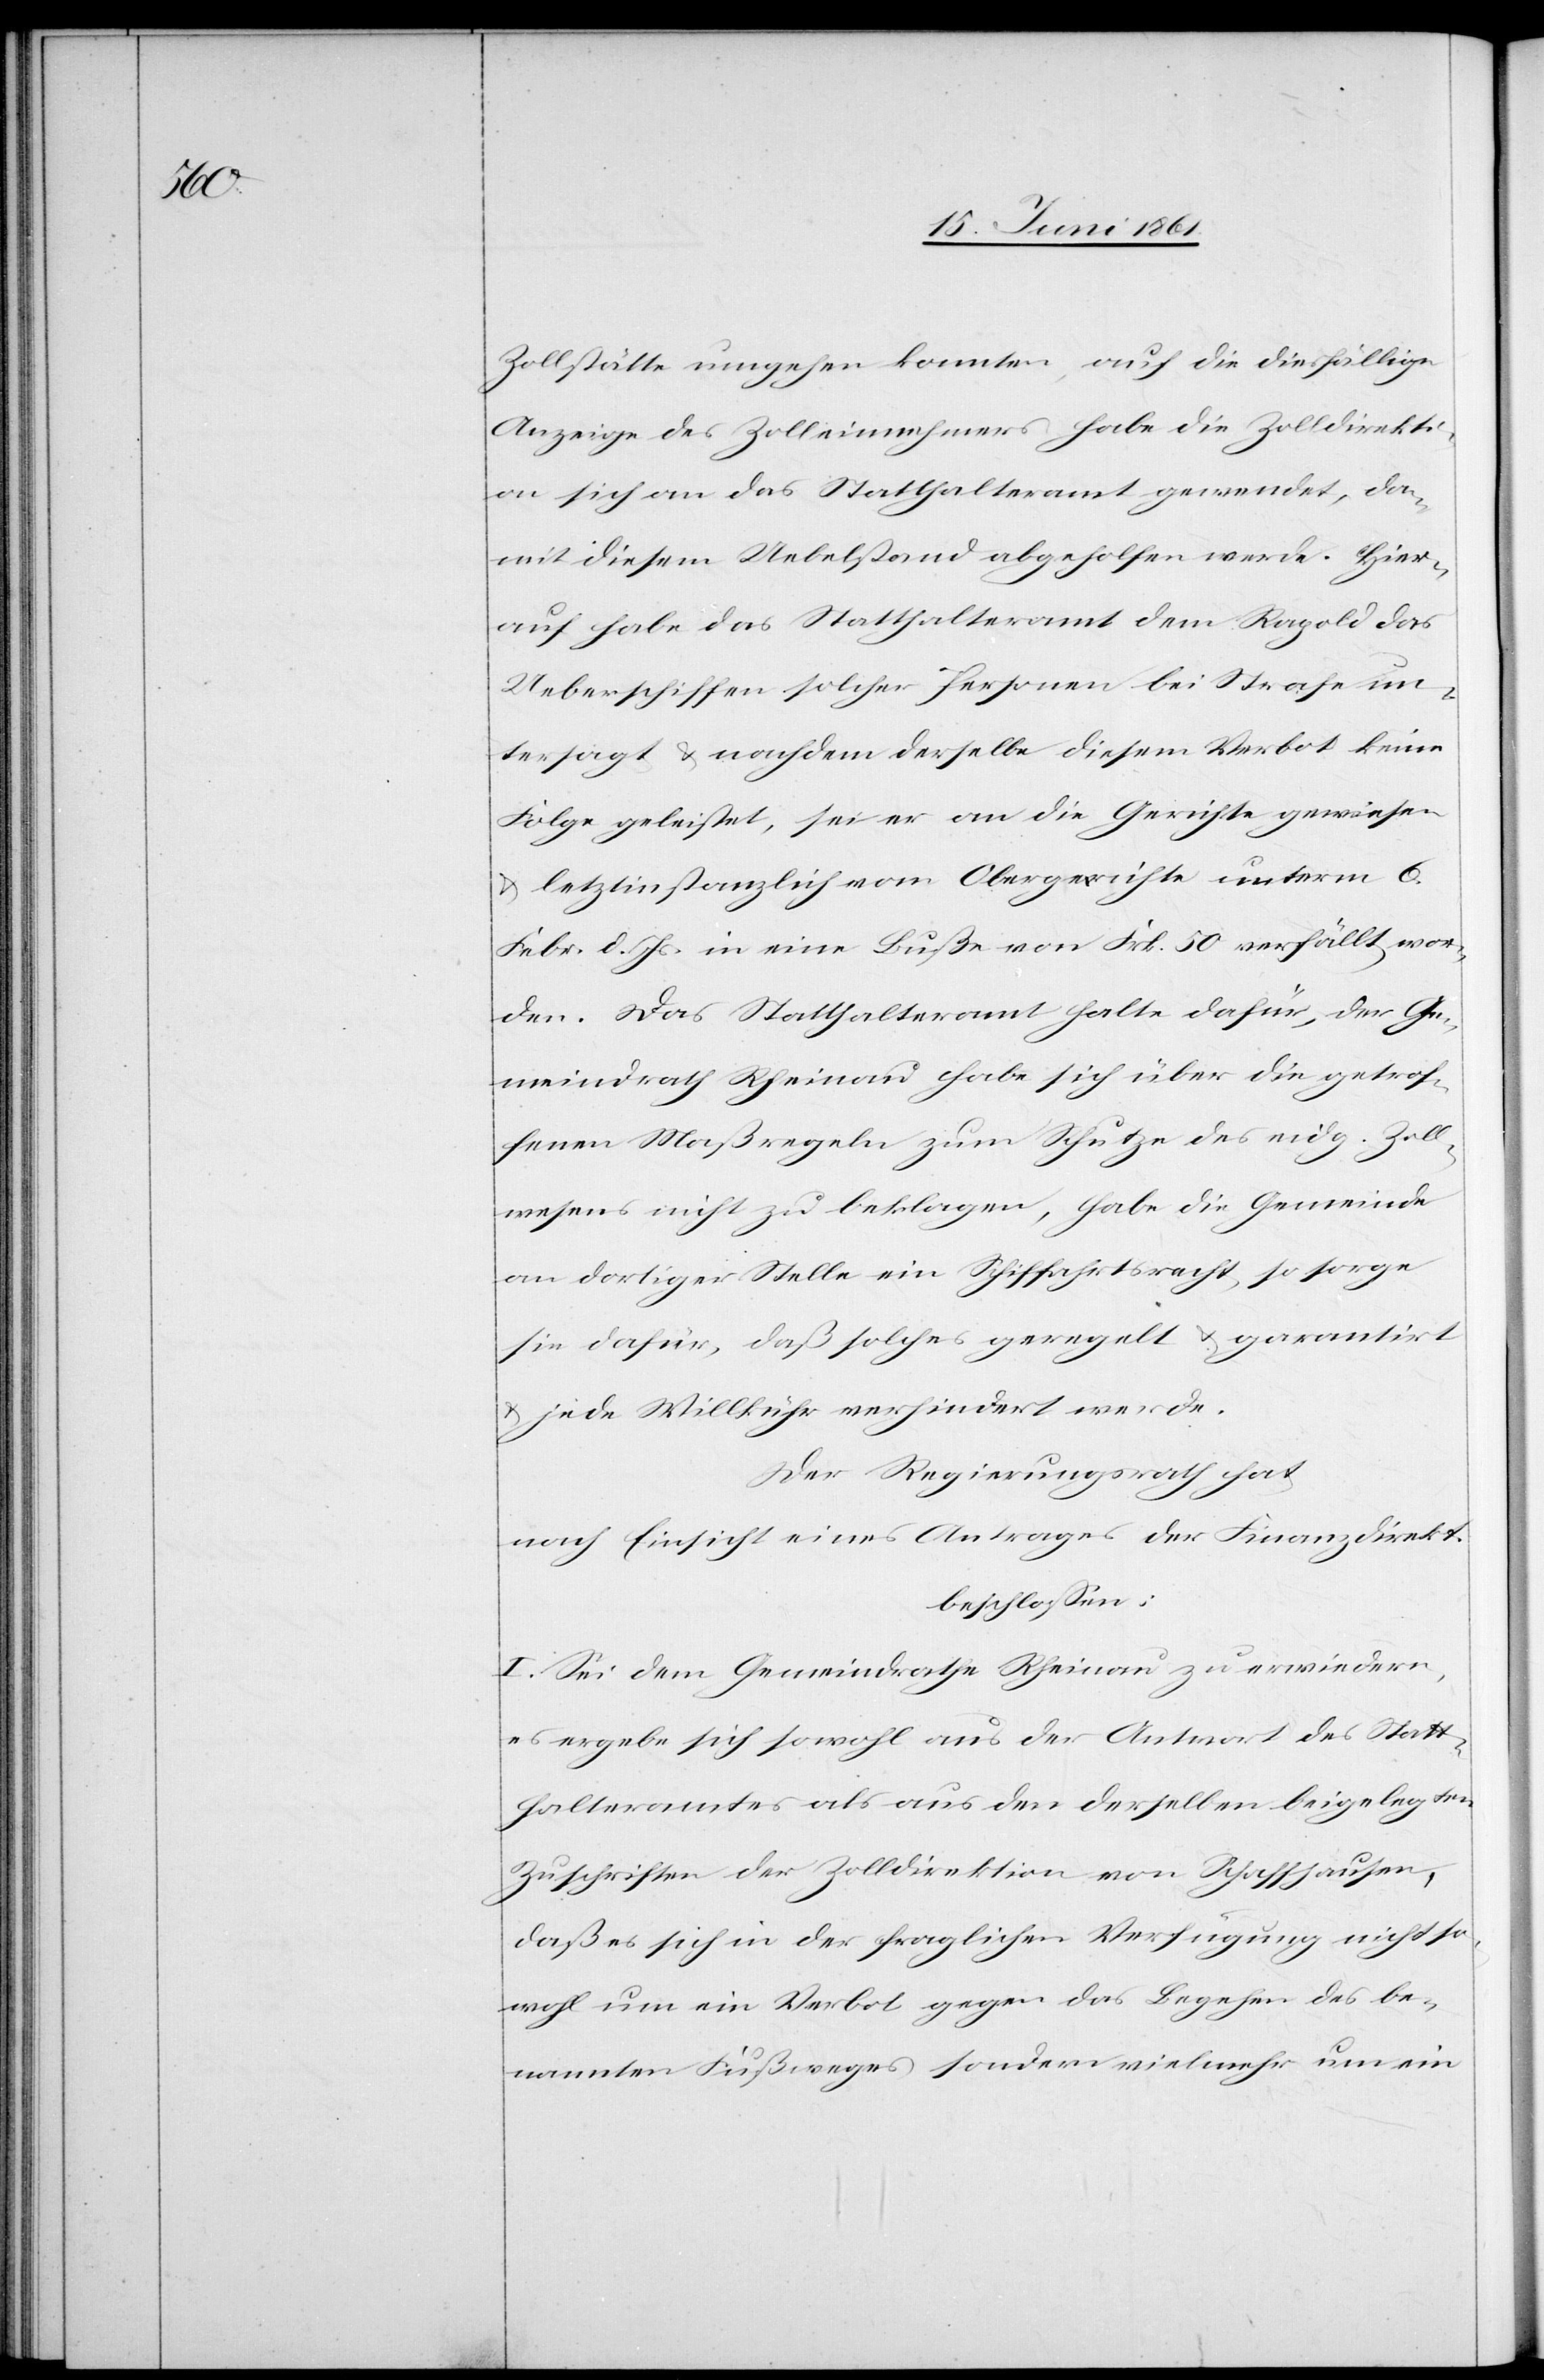
Zollstätte umgehen konnten, auf die diesfällige
Anzeige des Zolleinnehmers habe die Zolldirekti¬
on sich an das Statthalteramt gewendet, da¬
mit diesem Uebelstand abgeholfen werde. Hier¬
auf habe das Statthalteramt dem Rapold das
Ueberschiffen solcher Personen bei Strafe un¬
tersagt u. nachdem derselbe diesem Verbot keine
Folge geleistet, sei er an die Gerichte gewiesen
u. letztinstanzlich vom Obergerichte unterm 6.
Febr. d. Js. in eine Buße von Frk. 50 verfällt wor¬
den. Das Statthalteramt halte dafür, der Ge¬
meindrath Rheinau habe sich über die getrof¬
fenen Maßregeln zum Schutze des eidg. Zoll¬
nehmers nicht zu beklagen, habe die Gemeinde
an dortiger Stelle ein Schiffahrtsrecht, so sorge
sie dafür, daß solche geregelt u. garantirt
u. jede Willkühr verhindert werde.
Der Regierungsrath hat,
nach Einsicht eines Antrages der Finanzdirekt.
beschlossen:
I. Sei dem Gemeindrathe Rheinau zu erwiedern,
es ergebe sich sowohl aus der Antwort des Statt¬
halteramtes als aus den derselben beigelegten
Zuschriften der Zolldirektion von Schaffhausen,
daß es sich in der fraglichen Verfügung nicht so¬
wohl um ein Verbot gegen das Begehen des be¬
nannten Fußweges sondern vielmehr um ein